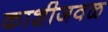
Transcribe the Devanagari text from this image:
काशीजवळ